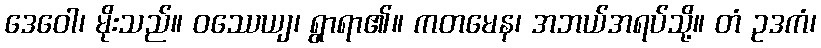
ဒေဝေါ၊ မိုးသည်။ ဝဿေယျ၊ ရွာရာ၏။ ကတမေန၊ အဘယ်အရပ်သို့။ တံ ဥဒကံ၊